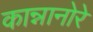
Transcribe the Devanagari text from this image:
कान्नानोरे